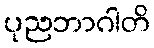
ပုညဘာဂါတိ